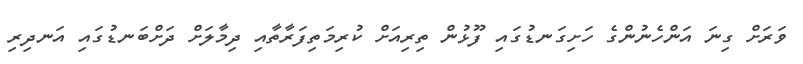
ވަރަށް ގިނަ އަންހެނުންގެ ހަށިގަނޑުގައި ފޫޅުން ތިރިއަށް ކުރިމަތިފަރާތާއި ދިމާލަށް ދަށްބަނޑުގައި އަނދިރި